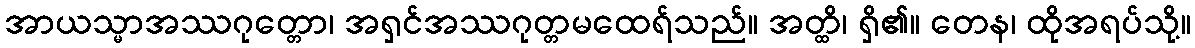
အာယသ္မာအဿဂုတ္တော၊ အရှင်အဿဂုတ္တမထေရ်သည်။ အတ္ထိ၊ ရှိ၏။ တေန၊ ထိုအရပ်သို့။